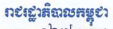
រាជរដ្ឋាភិបាលកម្ពុជា